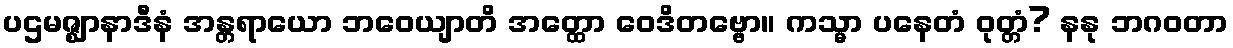
ပဌမဇ္ဈာနာဒီနံ အန္တရာယော ဘဝေယျာတိ အတ္ထော ဝေဒိတဗ္ဗော။ ကသ္မာ ပနေတံ ဝုတ္တံ? နနု ဘဂဝတာ